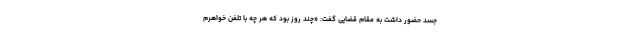
جسد حضور داشت به مقام قضایی گفت: «چند روز بود که هر چه با تلفن خواهرم